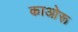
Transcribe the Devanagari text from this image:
काओरू